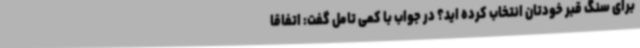
برای سنگ قبر خودتان انتخاب کرده اید؟ در جواب با کمی تامل گفت: اتفاقا